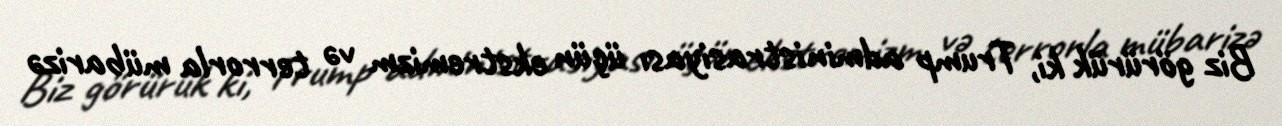
Biz görürük ki, Trump administrasiyası üçün ekstremizm və terrorla mübarizə